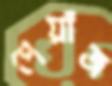
পেয়াঁজ